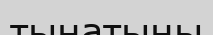
тынатыны